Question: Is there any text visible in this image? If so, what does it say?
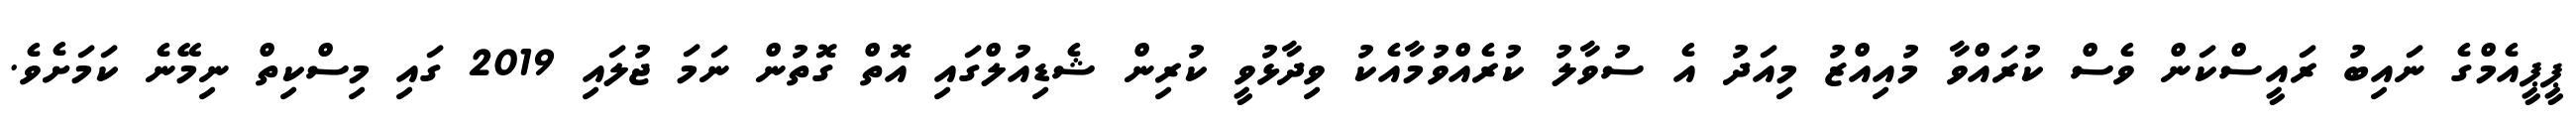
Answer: ޕީޕީއެމްގެ ނައިބު ރައީސްކަން ވެސް ކުރައްވާ މުއިއްޒު މިއަދު އެ ސުވާލު ކުރެއްވުމާއެކު ވިދާޅުވީ ކުރިން ޝެޑިއުލްގައި އޮތް ގޮތުން ނަމަ ޖުލައި 2019 ގައި މިސްކިތް ނިމޭނެ ކަމަށެވެ.